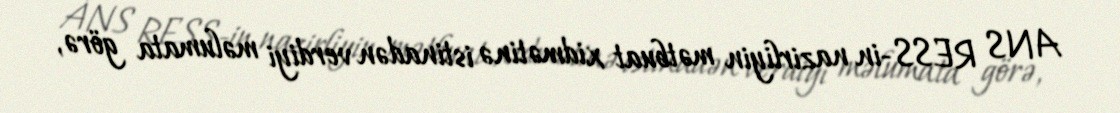
ANS RESS-in nazirliyin mətbuat xidmətinə istinadən verdiyi məlumata görə,